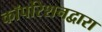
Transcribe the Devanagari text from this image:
कॉर्पोरेशनद्वारा